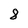
Character: 8